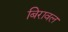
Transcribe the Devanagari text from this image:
बिरावल